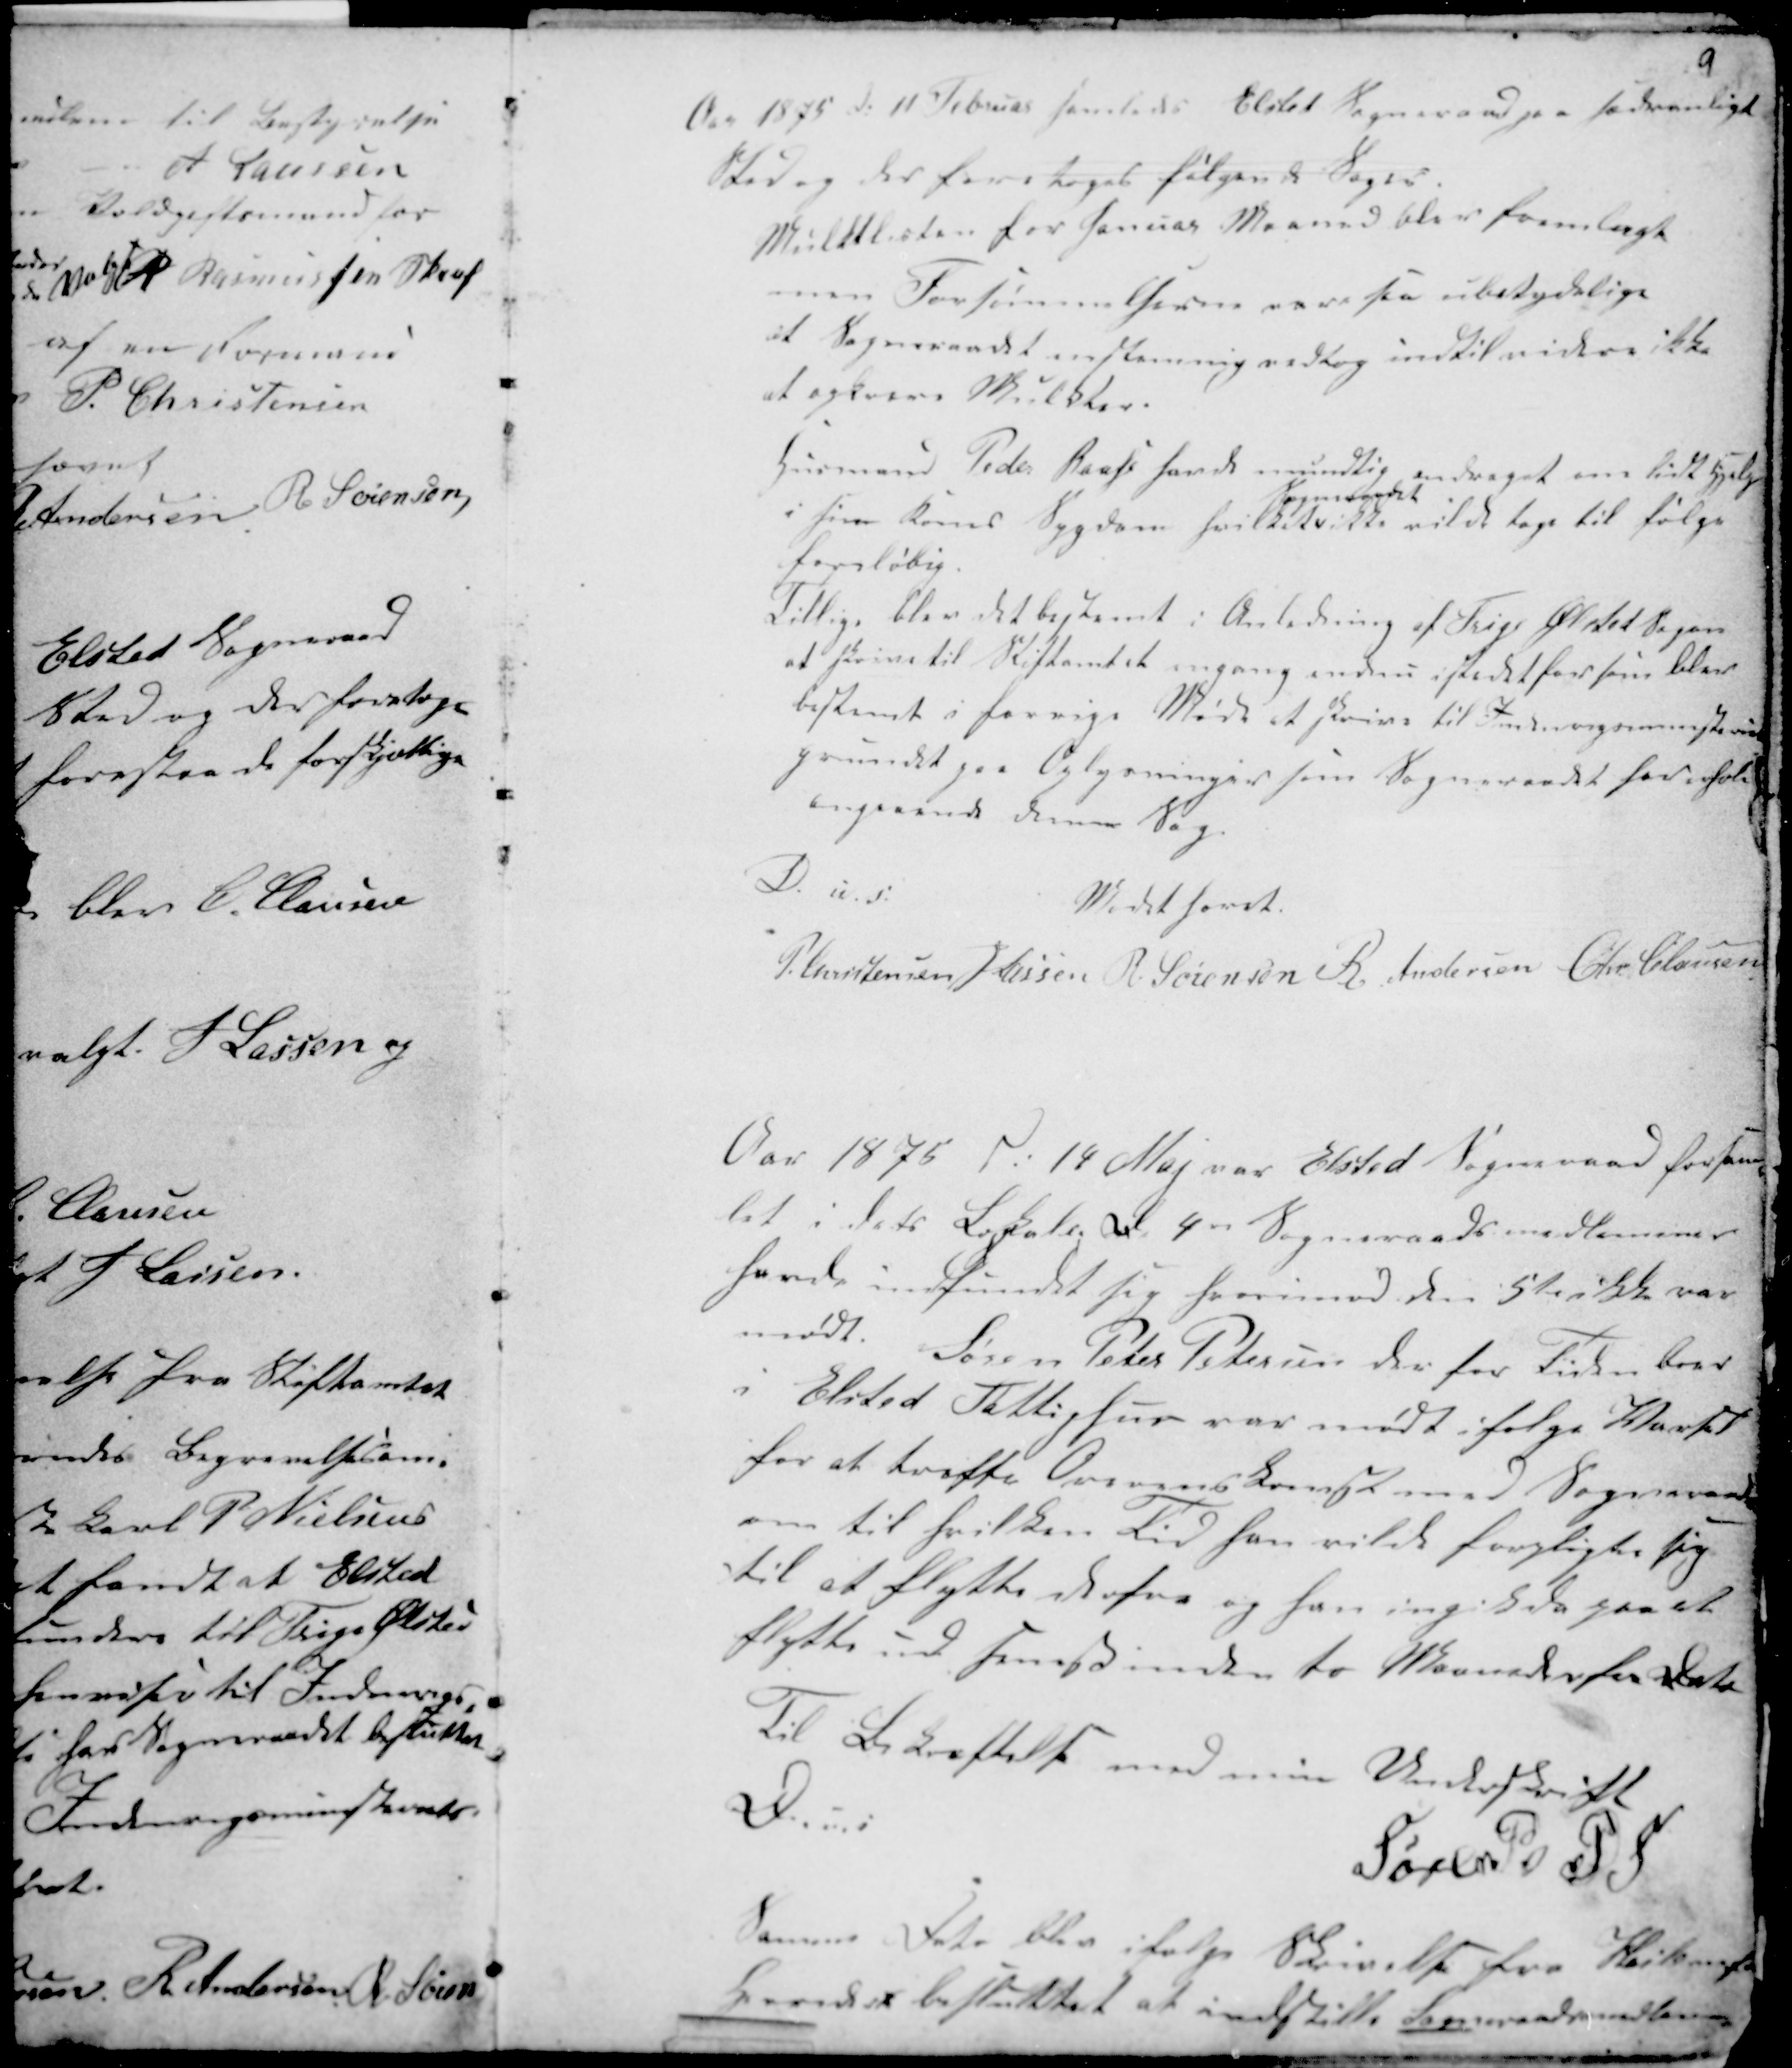
Transskription:
9

Aar 1875 d: 11 Februar samledes Elsted Sogneraad paa sædvanligt
Sted og der foretoges følgende Sager.
Mulktlisten for Januar Maaned blev fremlagt
men Forsømmelserne vare saa ubetydelige
at Sogneraadet enstemmigt vedtog indtil videre ikke
at opkræve Mulkter.
Husmand Peder Raass havde mundtlig andraget om lidt Hjælp
i sine Børns Sygdom hvilket
Sogneraadet
ikke vilde tage til følge
foreløbig.
Tillige blev det bestemt i Anledning af Trige Ølsted Sogne
at skrive til Stiftamtet engang endnu istedetfor som blev
bestemt i forrige Møde at skrive til Indenrigsministriet
grundet paa Oplysninger som Sogneraadet har erholt
angaaende denne Sag.
Mødet hævet
D. u. s.
P Christensen H Lassen R Sørensen R. Andersen Chr. Clausen

Aar 1875 d: 14 Maj var Elsted Sogneraad forsam-
let i dets Lokale; al 4er Sogneraadsmedlemmer
havde indfundet sig hvorimod den 5te ikke var
mødt. Søren Peter Petersen der for Tiden boer
i Elsted Fattighus var mødt ifølge Varsel
for at træffe Overenskomst med Sogneraadet
om til hvilken Tid han vilde forpligte sig
til at flytte derfra og han ingik da paa at
flytte ud senest inden to Maaneder fra Dato
Til Bekræftelse med min Underskrift
Søren Pe P ..
D u s
Samme Dato blev ifølge Skrivelse fra .....
Gaards besluttet at indstille Sogneraadsmedlem